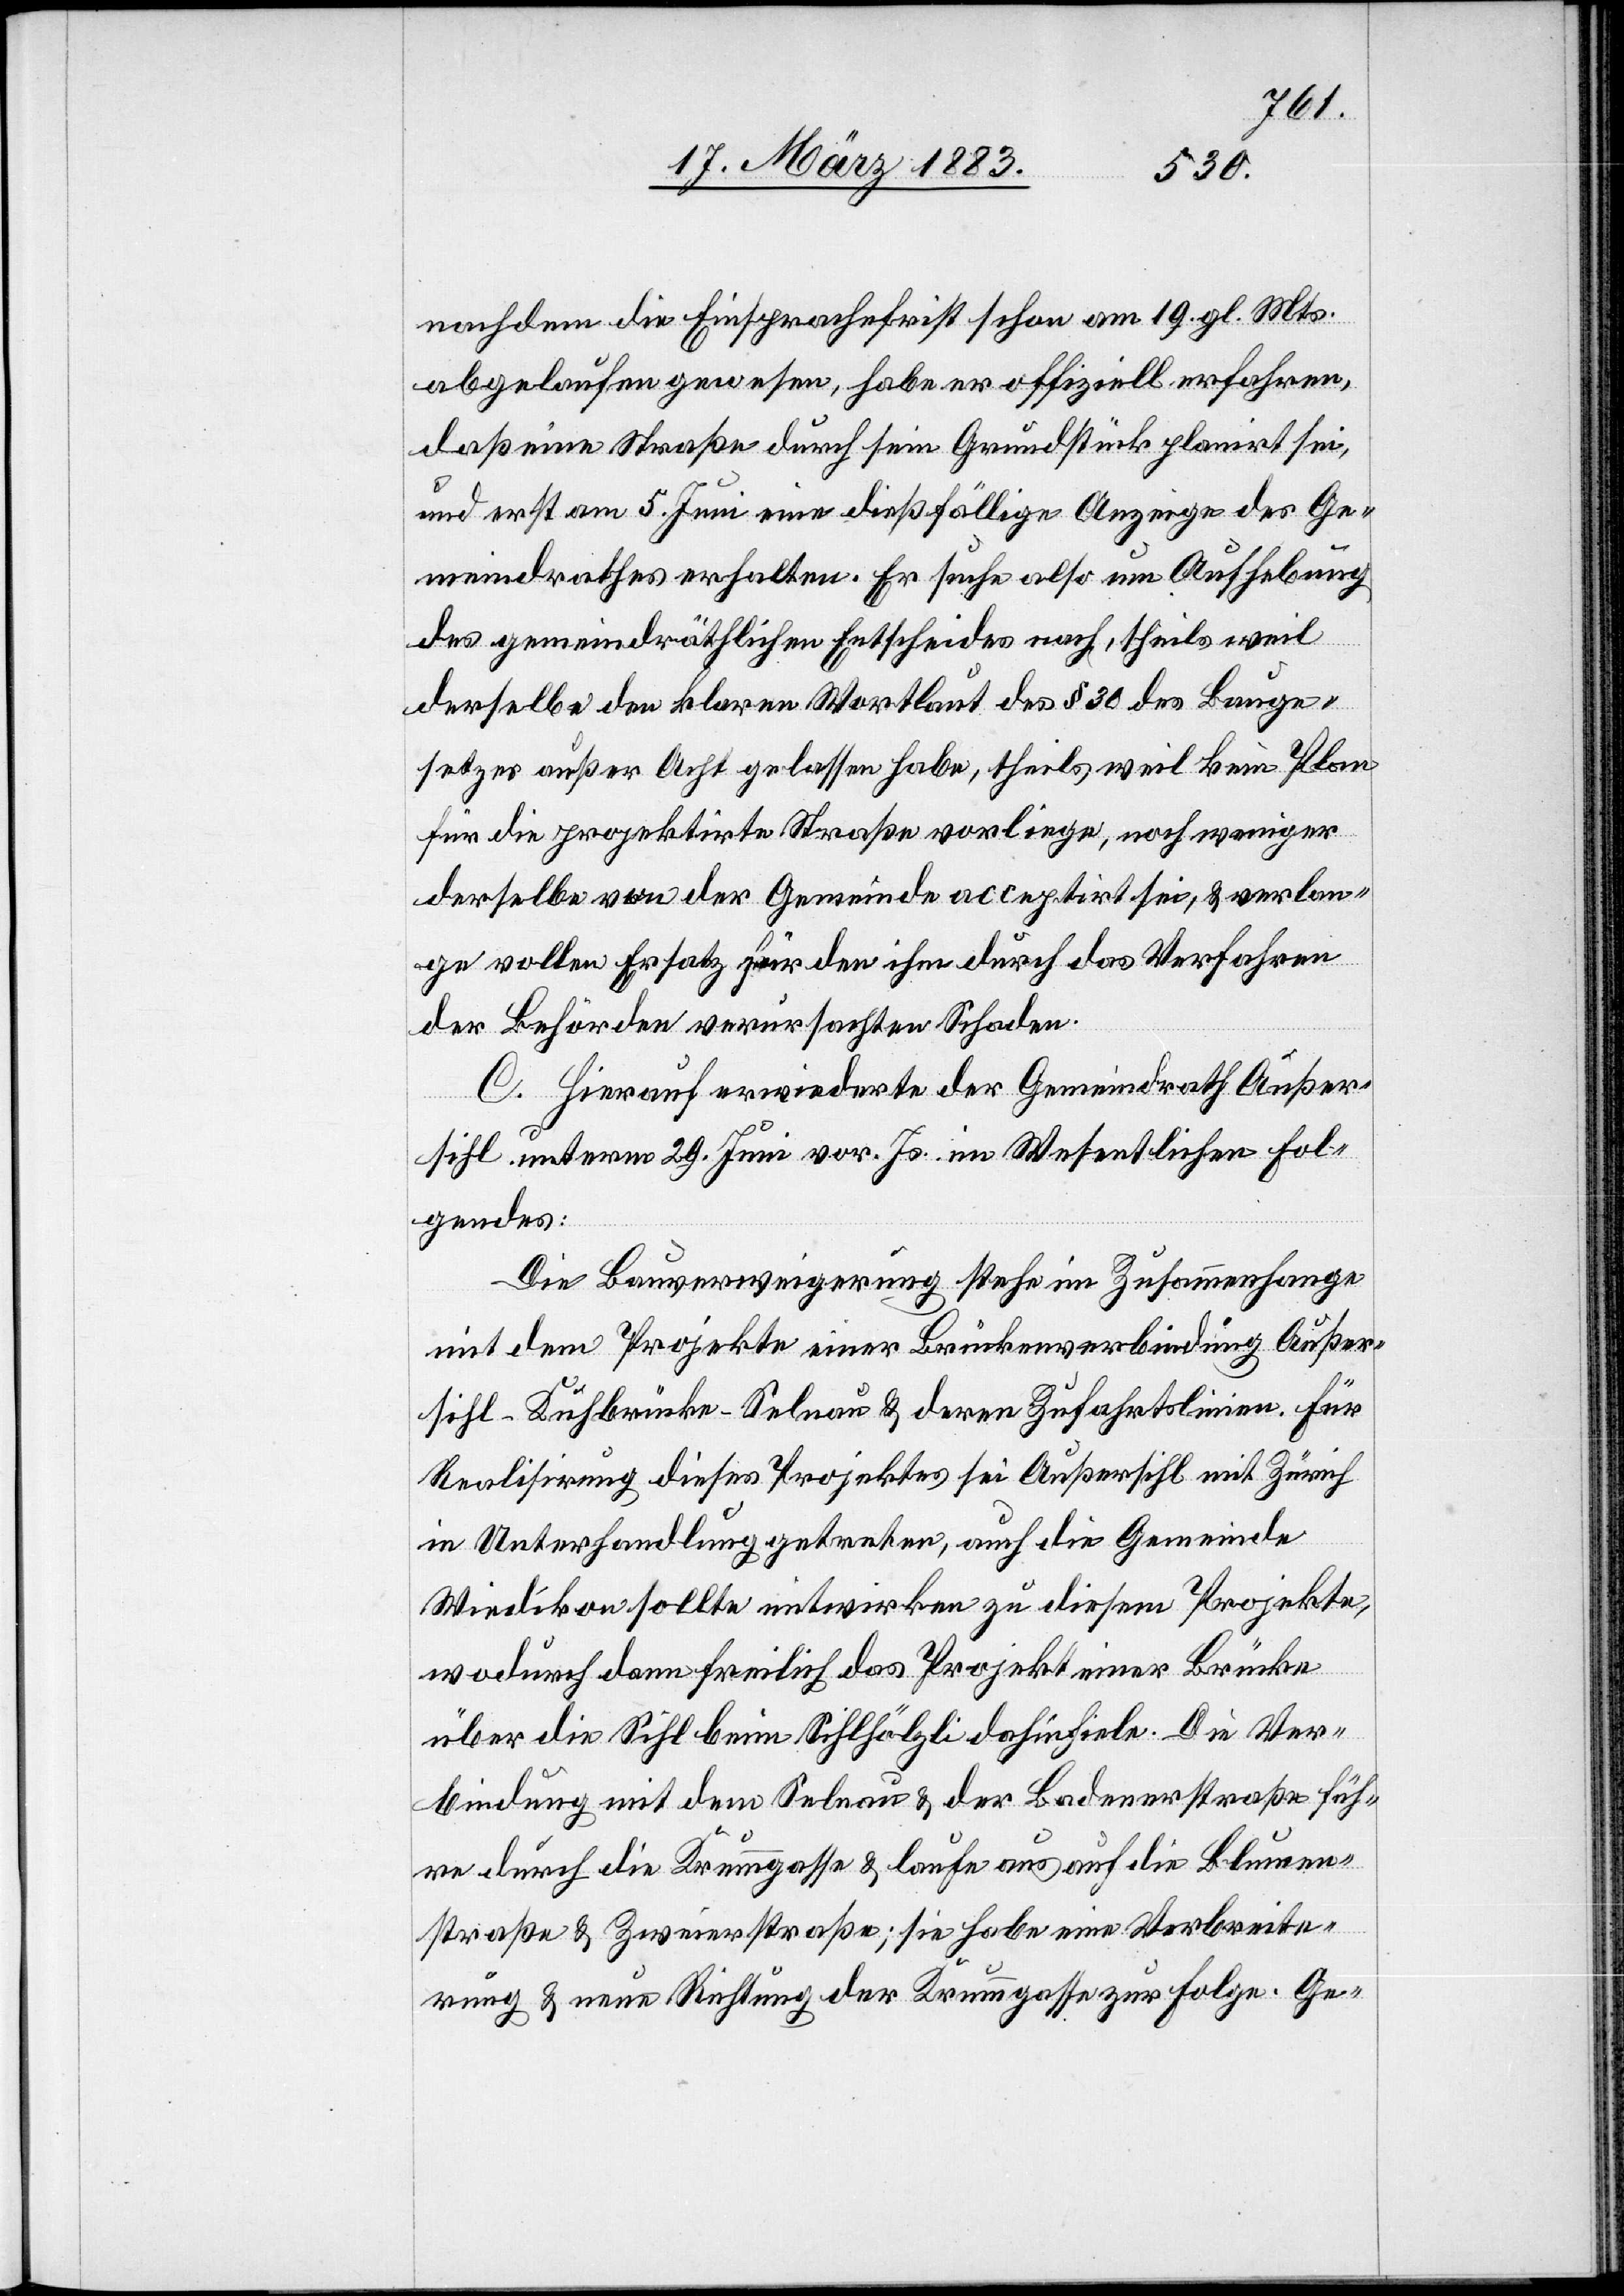
nachdem die Einsprachefrist schon am 19. gl. Mts.
abgelaufen gewesen, habe er offiziell erfahren,
daß eine Straße durch sein Grundstück planirt sei,
und erst am 5. Juni eine dießfällige Anzeige des Ge¬
meindrathes erhalten. Er suche also um Aufhebung
des gemeindräthlichen Entscheides nach, theils weil
derselbe den klaren Wortlaut des § 30 des Bauge¬
setzes außer Acht gelassen habe, theils weil kein Plan
für die projektirte Straße vorliege, noch weniger
derselbe von der Gemeinde acceptirt sei, & verlan¬
ge vollen Ersatz für den ihm durch das Verfahren
der Behörden verursachten Schaden.
C. Hierauf erwiederte der Gemeindrath Außer¬
sihl unterm 29. Juni vor. Js. im Wesentlichen Fol¬
gendes:
Die Bauverweigerung stehe im Zusammenhange
mit dem Projekte einer Brückenverbindung Außer¬
sihl–Kuhbrücke–Selnau & deren Zufahrtslinien. Für
Realisirung dieses Projektes sei Außersihl mit Zürich
in Unterhandlung getreten, auch die Gemeinde
Wiedikon sollte mitwirken zu diesem Projekte,
wodurch dann freilich das Projekt einer Brücke
über die Sihl beim Sihlhölzli dahinfiele. Die Ver¬
bindung mit dem Selnau & der Badenerstraße füh¬
re durch die Krummgasse & laufe aus auf die Blumen¬
straße & Zweierstraße; sie habe eine Verbreite¬
rung & neue Richtung der Krummgasse zur Folge. Ge-